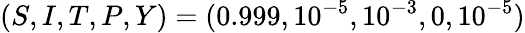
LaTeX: (S,I,T,P,Y)=(0.999,10^{-5},10^{-3},0,10^{-5})